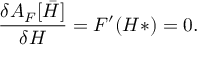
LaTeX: \frac { \delta { \cal A } _ { F } [ { { \bar { H } } } ] } { \delta H } = F ^ { \prime } ( H * ) = 0 .